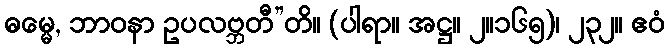
ဓမ္မေ, ဘာဝနာ ဥပလဗ္ဘတီ”တိ။ (ပါရာ။ အဋ္ဌ။ ၂။၁၆၅)၊ ၂၃၂။ ဧဝံ